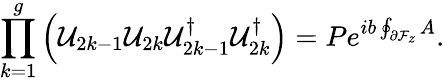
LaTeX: \prod_{k=1}^{g}\left({\cal U}_{2k-1}{\cal U}_{2k}{\cal U}_{2k-1}^{\dagger}{\cal U}_{2k}^{\dagger}\right)=Pe^{ib\oint_{\partial{\cal F}_{z}}A}.